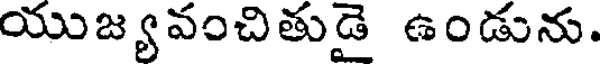
యుజ్యవంచితుడై ఉండును.